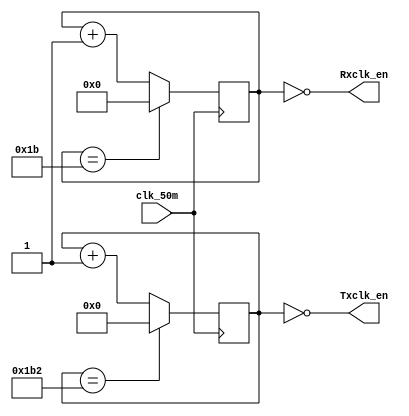
//This is a baud rate generator to divide a 50MHz clock into a 115200 baud Tx/Rx pair.
//The Rx clock oversamples by 16x.
 
module baudrate  (input wire clk_50m,
						output wire Rxclk_en,
						output wire Txclk_en
						);
//Our Testbench uses a 50 MHz clock.
//Want to interface to 115200 baud UART for Tx/Rx pair
//Hence, 50000000 / 115200 = 435 Clocks Per Bit.
parameter RX_ACC_MAX = 50000000 / (115200 * 16);
parameter TX_ACC_MAX = 50000000 / 115200;
parameter RX_ACC_WIDTH = $clog2(RX_ACC_MAX);
parameter TX_ACC_WIDTH = $clog2(TX_ACC_MAX);
reg [RX_ACC_WIDTH - 1:0] rx_acc = 0;
reg [TX_ACC_WIDTH - 1:0] tx_acc = 0;

assign Rxclk_en = (rx_acc == 5'd0);
assign Txclk_en = (tx_acc == 9'd0);

always @(posedge clk_50m) begin
	if (rx_acc == RX_ACC_MAX[RX_ACC_WIDTH - 1:0])
		rx_acc <= 0;
	else
		rx_acc <= rx_acc + 5'b1; //increment by 00001
end

always @(posedge clk_50m) begin
	if (tx_acc == TX_ACC_MAX[TX_ACC_WIDTH - 1:0])
		tx_acc <= 0;
	else
		tx_acc <= tx_acc + 9'b1; //increment by 000000001
end

endmodule